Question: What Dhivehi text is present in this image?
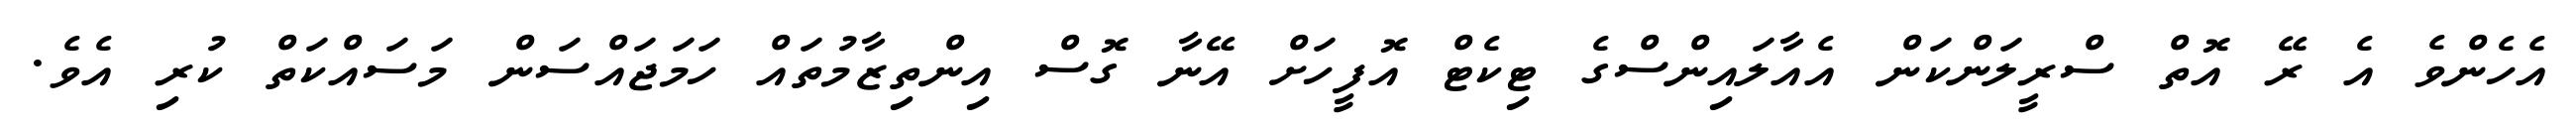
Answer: އެހެންވެ އެ ރޭ އޮތް ސްރީލަންކަން އެއާލައިންސްގެ ޓިކެޓް އޮފީހަށް އޭނާ ގޮސް އިންތިޒާމުތައް ހަމަޖައްސަން މަސައްކަތް ކުރި އެވެ.